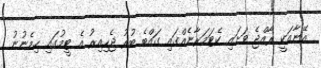
އޭނާއަކީ ރާއްޖެ ވަށައި ކެޓަމަރާނެއްގައި ގައްބެ ބުރު ޖެހިއިރު އެ ޓީމުގައި ހިމެނުނު